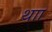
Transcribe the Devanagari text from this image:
थाा